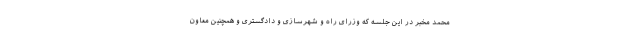
محمد مخبر در این جلسه که وزرای راه و شهرسازی و دادگستری و همچنین معاون